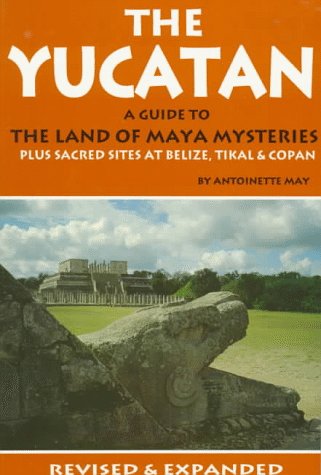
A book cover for The Yucatan: A Guide to the Land of Maya Mysteries (Tetra); Antoinette May; Travel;